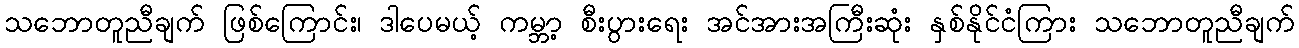
သဘောတူညီချက် ဖြစ်ကြောင်း၊ ဒါပေမယ့် ကမ္ဘာ့ စီးပွားရေး အင်အားအကြီးဆုံး နှစ်နိုင်ငံကြား သဘောတူညီချက်